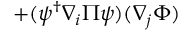
+ ( \psi ^ { \dagger } \nabla _ { i } \Pi \psi ) ( \nabla _ { j } \Phi )